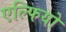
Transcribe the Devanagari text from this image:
एल्फियो